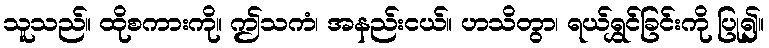
သူသည်။ ထိုစကားကို။ ဤသကံ၊ အနည်းငယ်။ ဟသိတွာ၊ ရယ်ရွှင်ခြင်းကို ပြု၍။